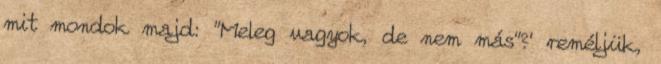
mit mondok majd: "Meleg vagyok, de nem más"?' reméljük,